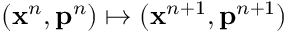
( \mathbf { x } ^ { n } , \mathbf { p } ^ { n } ) \mapsto ( \mathbf { x } ^ { n + 1 } , \mathbf { p } ^ { n + 1 } )